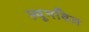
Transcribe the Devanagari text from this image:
ल्यूनविल